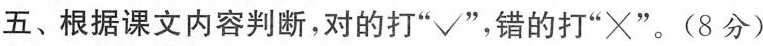
五、根据课文内容判断，对的打”√”，错的打”×”。(8分)